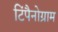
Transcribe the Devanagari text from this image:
टिंपैनोग्राम